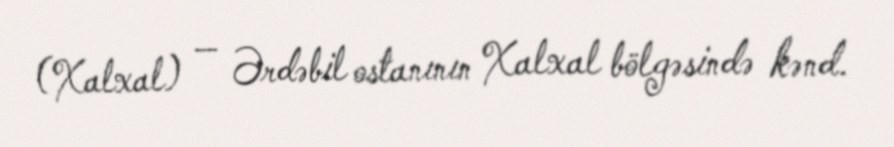
(Xalxal) — Ərdəbil ostanının Xalxal bölgəsində kənd.